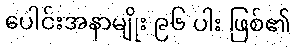
ပေါင်းအနာမျိုး ၉၆ ပါး ဖြစ်၏